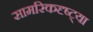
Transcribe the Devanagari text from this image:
सामरिकदृष्ट्या